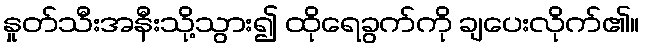
နှုတ်သီးအနီးသို့သွား၍ ထိုရေခွက်ကို ချပေးလိုက်၏။